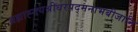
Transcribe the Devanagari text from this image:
ब्रह्माह्नयश्रीधरपद्मनाभबीजानि